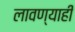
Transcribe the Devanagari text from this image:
लावण्याही